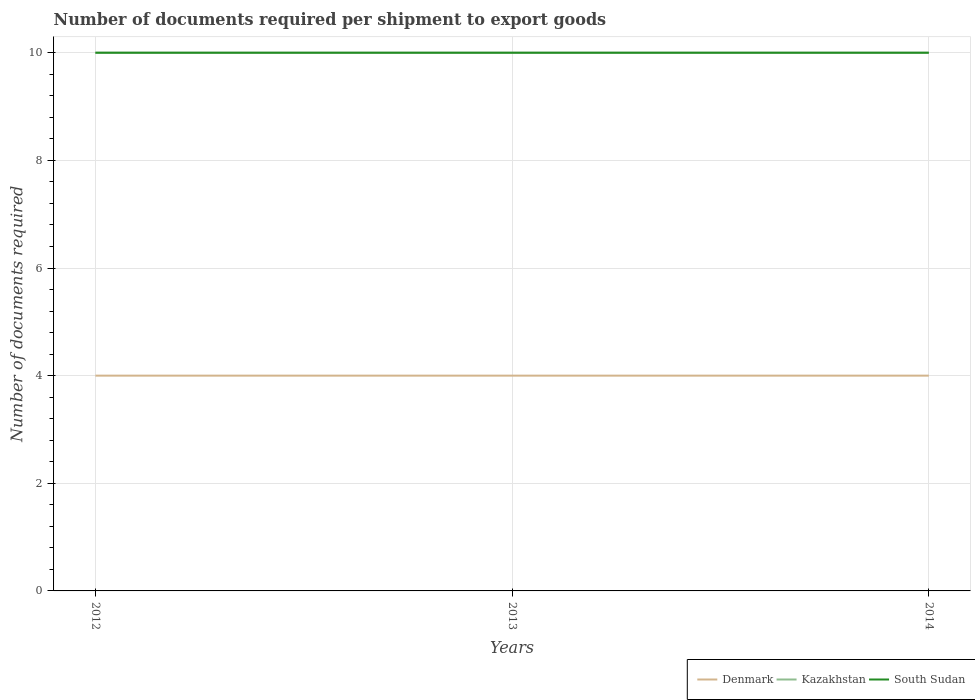
| Years | Denmark | Kazakhstan | South Sudan |
 | --- | --- | --- | --- |
 | 2012 | 4 | 10 | 10 |
 | 2013 | 4 | 10 | 10 |
 | 2014 | 4 | 10 | 10 |